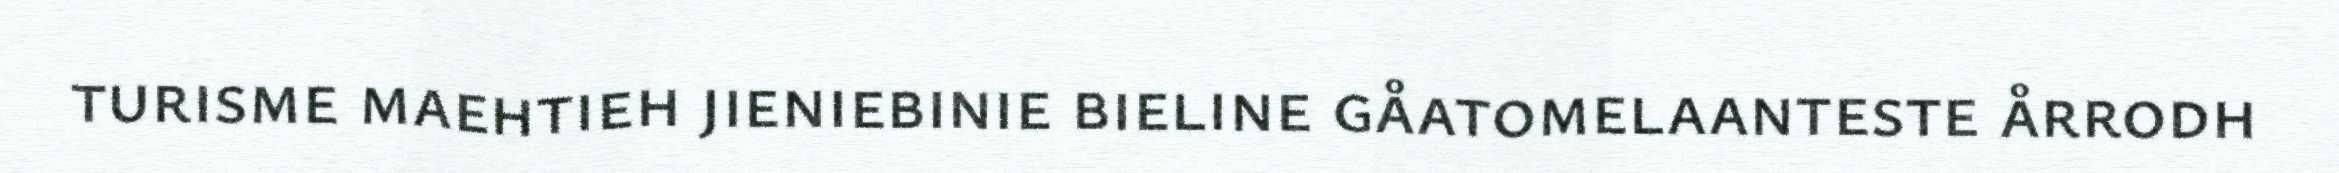
turisme maehtieh jieniebinie bieline gåatomelaanteste årrodh